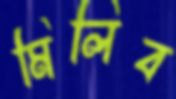
মিলিব